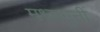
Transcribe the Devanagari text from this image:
मध्वमुनीं